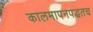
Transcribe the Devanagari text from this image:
कालमापनपद्धतच